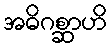
အဓိဂစ္ဆာဟိ